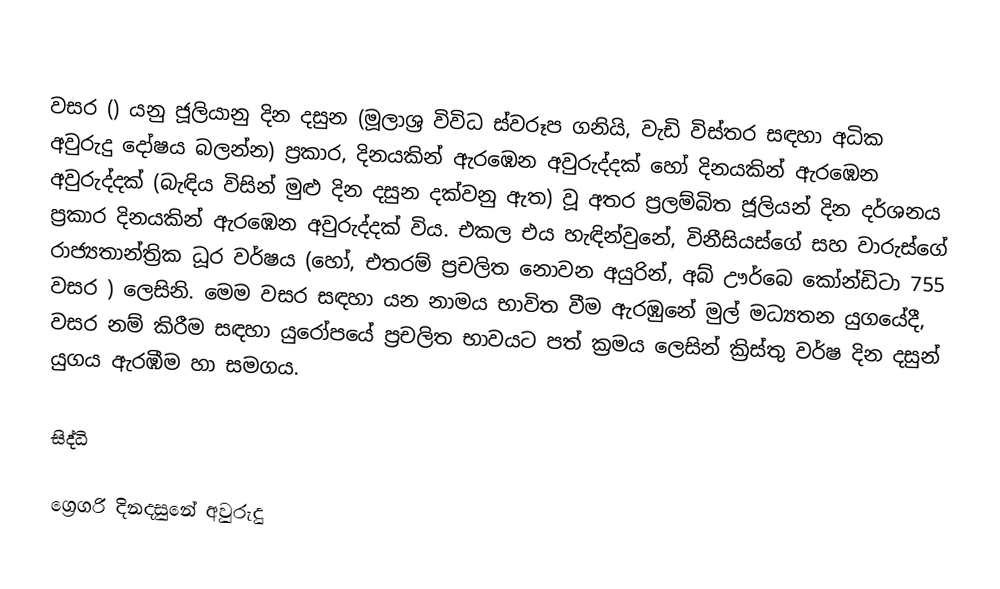

වසර   () යනු  ජූලියානු දින දසුන (මූලාශ්‍ර විවිධ ස්වරූප ගනියි, වැඩි විස්තර සඳහා අධික අවුරුදු දෝෂය බලන්න) ප්‍රකාර,    දිනයකින් ඇරඹෙන  අවුරුද්දක් හෝ   දිනයකින් ඇරඹෙන  අවුරුද්දක්  (බැඳිය විසින් මුළු දින දසුන දක්වනු ඇත) වූ අතර ප්‍රලම්බිත ජූලියන් දින දර්ශනය ප්‍රකාර   දිනයකින් ඇරඹෙන  අවුරුද්දක් විය. එකල එය හැඳින්වුනේ, විනීසියස්ගේ සහ  වාරුස්ගේ රාජ්‍යතාන්ත්‍රික  ධූර වර්ෂය  (හෝ, එතරම් ප්‍රචලිත නොවන අයුරින්,  අබ් ඌර්බෙ කෝන්ඩිටා  755   වසර  ) ලෙසිනි. මෙම වසර සඳහා   යන නාමය භාවිත වීම ඇරඹුනේ මුල් මධ්‍යතන යුගයේදී, වසර නම් කිරීම සඳහා යුරෝපයේ ප්‍රචලිත භාවයට පත් ක්‍රමය ලෙසින් ක්‍රිස්තු වර්ෂ දින දසුන් යුගය ඇරඹීම හා සමගය.

සිද්ධි

ග්‍රෙගරි දිනදසුනේ අවුරුදු